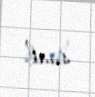
sual.